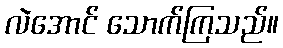
လဲအောင် သောက်ကြသည်။